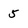
Character: 5